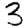
Digit: 3